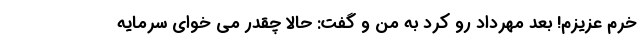
خرم عزیزم! بعد مهرداد رو کرد به من و گفت: حالا چقدر می خوای سرمایه